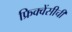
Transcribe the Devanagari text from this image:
फ्रिक्वेंसीची